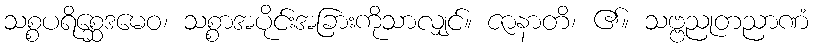
သစ္စပရိစ္ဆေဒမေဝ၊ သစ္စာအပိုင်းအခြားကိုသာလျှင်။ ဇာနာတိ၊ ၏။ သဗ္ဗညုတညာဏံ